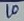
Text: 10